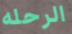
الرحله